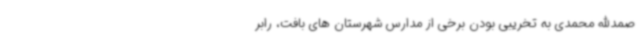
صمدالله محمدی به تخریبی بودن برخی از مدارس شهرستان های بافت، رابر